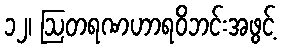
၁၂၊ ဩတရဏဟာရဝိဘင်းအဖွင့်